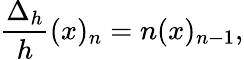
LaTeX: {\frac{\Delta_{h}}{h}}(x)_{n}=n(x)_{n-1},